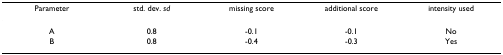
| Parameter | std. dev. sd | missing score | additional score | intensity used |
 | --- | --- | --- | --- | --- |
 | A | 0.8 | -0.1 | -0.1 | No |
 | B | 0.8 | -0.4 | -0.3 | Yes |